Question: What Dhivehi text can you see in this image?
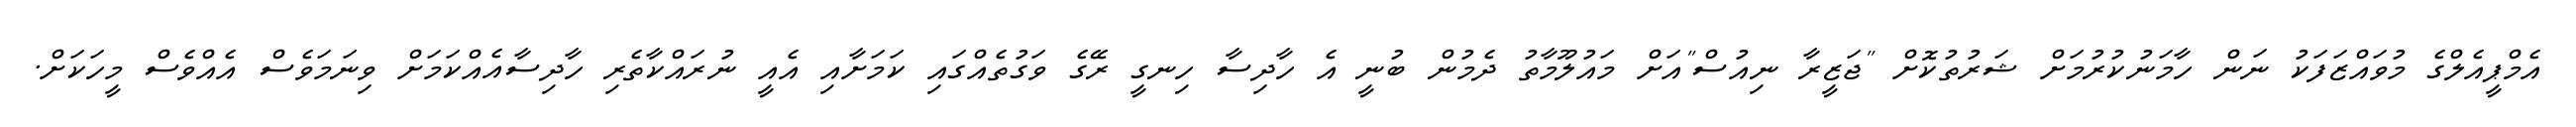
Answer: އެމްޕީއެލްގެ މުވައްޒަފަކު ނަން ހާމަނުކުރުމަށް ޝަރުތުކޮށް "ޖަޒީރާ ނިއުސް"އަށް މައުލޫމާތު ދެމުން ބުނީ އެ ހާދިސާ ހިނގީ ރޭގެ ވަގުތެއްގައި ކަމަށާއި އެއީ ނުރައްކާތެރި ހާދިސާއެއްކަމަށް ވިނަމަވެސް އެއްވެސް މީހަކަށް.